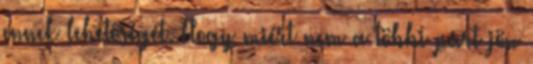
ennek lehetőségét. Hogy miért nem a többi párt jön